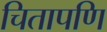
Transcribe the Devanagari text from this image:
चितापणि